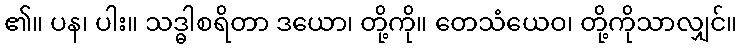
၏။ ပန၊ ပါး။ သဒ္ဓါစရိတာ ဒယော၊ တို့ကို။ တေသံယေဝ၊ တို့ကိုသာလျှင်။